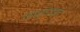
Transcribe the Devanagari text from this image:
लाइडाइट